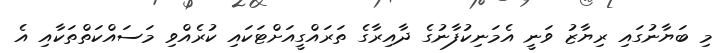
މި ބަޔާނުގައި ރިޔާޒު ވަނީ އެމަނިކުފާނުގެ ދާއިރާގެ ތަރައްގީއަށްޓަކައި ކުރެއްވި މަސައްކަތްތަކާއި އެ